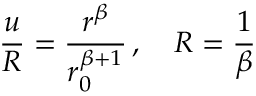
{ \frac { u } { \cal R } } = { \frac { r ^ { \beta } } { r _ { 0 } ^ { \beta + 1 } } } \, , \quad { \cal R } = { \frac { 1 } { \beta } }